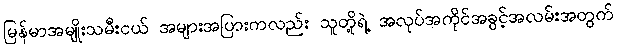
မြန်မာအမျိုးသမီးငယ် အများအပြားကလည်း သူတို့ရဲ့ အလုပ်အကိုင်အခွင့်အလမ်းအတွက်